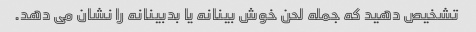
تشخیص دهید که جمله لحن خوش بینانه یا بدبینانه را نشان می دهد.